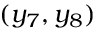
( y _ { 7 } , y _ { 8 } )